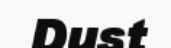
Dust